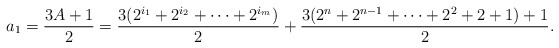
\begin{align*} a_1 = \frac{3A+1}{2} = \frac{3(2^{i_1} + 2^{i_2} + \cdots + 2^{i_m})}{2} + \frac{3(2^{n}+2^{n-1} + \cdots + 2^2+2+1)+1}{2}.\end{align*}